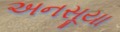
અનસૂયા